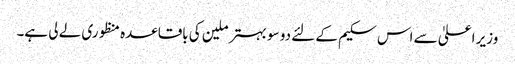
وزیر اعلیٰ سے اس سکیم کے لئے دو سو بہتر ملین کی باقاعدہ منظوری لے لی ہے۔